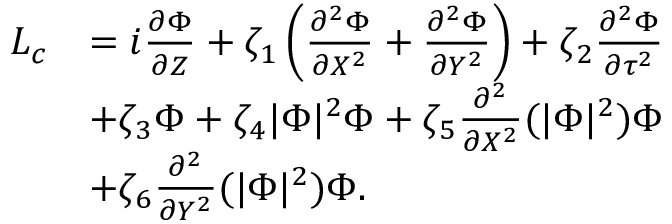
\begin{array} { r l } { { L } _ { c } } & { = i \frac { \partial \Phi } { \partial Z } + \zeta _ { 1 } \left( \frac { \partial ^ { 2 } \Phi } { \partial X ^ { 2 } } + \frac { \partial ^ { 2 } \Phi } { \partial Y ^ { 2 } } \right) + \zeta _ { 2 } \frac { \partial ^ { 2 } \Phi } { \partial \tau ^ { 2 } } } \\ & { + \zeta _ { 3 } \Phi + \zeta _ { 4 } | \Phi | ^ { 2 } \Phi + \zeta _ { 5 } \frac { \partial ^ { 2 } } { \partial X ^ { 2 } } ( | \Phi | ^ { 2 } ) \Phi } \\ & { + \zeta _ { 6 } \frac { \partial ^ { 2 } } { \partial Y ^ { 2 } } ( | \Phi | ^ { 2 } ) \Phi . } \end{array}